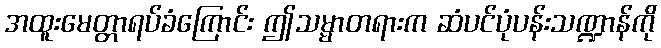
အထူးမေတ္တာရပ်ခံကြောင်း ဤသမ္မာတရားက ဆံပင်ပုံပန်းသဏ္ဍာန်ကို